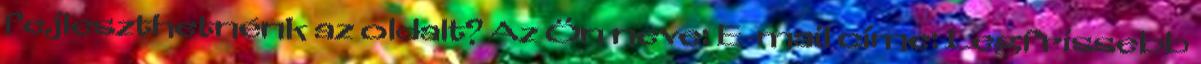
fejleszthetnénk az oldalt? Az Ön neve: E-mail címe: Legfrissebb